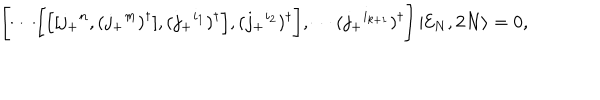
\Biggl [ \cdots \biggl [ \Bigl [ [ j _ { + } { } ^ { n } , ( j _ { + } { } ^ { m } ) ^ { \dagger } ] , ( j _ { + } { } ^ { i _ { 1 } } ) ^ { \dagger } \Bigr ] , ( j _ { + } { } ^ { i _ { 2 } } ) ^ { \dagger } \biggr ] , \cdots ( j _ { + } { } ^ { i _ { k + 1 } } ) ^ { \dagger } \Biggr ] \left| { \cal E } _ { N } , 2 N \right\rangle = 0 ,